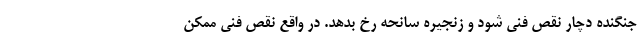
جنگنده دچار نقص فنی شود و زنجیره سانحه رخ بدهد. در واقع نقص فنی ممکن